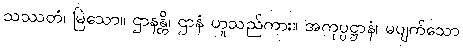
သဿတံ၊ မြဲသော။ ဌာနန္တိ၊ ဌာနံ ဟူသည်ကား။ အကုပ္ပဋ္ဌာနံ၊ မပျက်သော